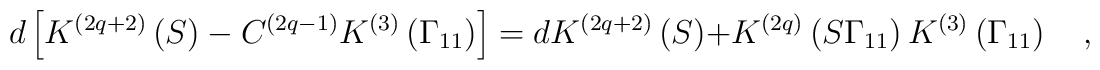
d\left[ K^{\left( 2q+2\right) }\left( S\right) -C^{\left(2q-1\right) }K^{\left( 3\right) }\left( \Gamma _{11}\right) \right]=dK^{\left( 2q+2\right) }\left( S\right) +K^{\left( 2q\right) }\left(S\Gamma _{11}\right) K^{\left( 3\right) }\left( \Gamma _{11}\right) \quad ,